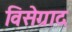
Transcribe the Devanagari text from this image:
विसेग्राद